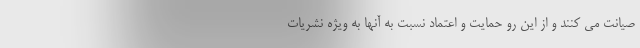
صیانت می کنند و از این رو حمایت و اعتماد نسبت به آنها به ویژه نشریات